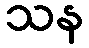
သန